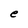
Character: e